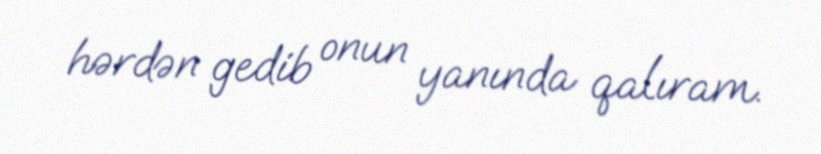
hərdən gedib onun yanında qalıram.